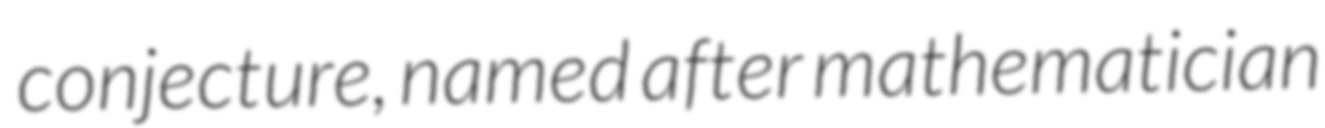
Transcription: conjecture, named after mathematician